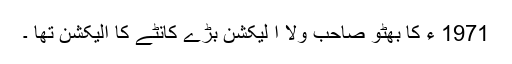
1971 ء کا بھٹو صاحب ولا ا لیکشن بڑے کانٹے کا الیکشن تھا ۔